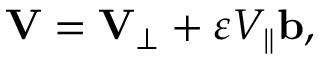
\mathbf { V } = \mathbf { V } _ { \perp } + \varepsilon V _ { \parallel } \mathbf { b } ,